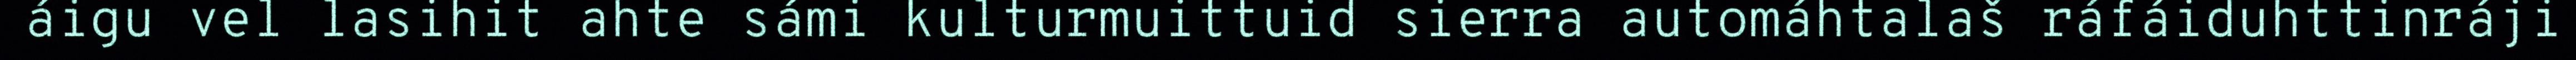
áigu vel lasihit ahte sámi kulturmuittuid sierra automáhtalaš ráfáiduhttinráji